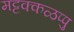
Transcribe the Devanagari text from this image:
मट्टक्कळप्पु